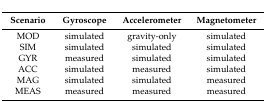
<table><thead><tr><td><b>Scenario</b></td><td><b>Gyroscope</b></td><td><b>Accelerometer</b></td><td><b>Magnetometer</b></td></tr></thead><tbody><tr><td>MOD</td><td>simulated</td><td>gravity-only</td><td>simulated</td></tr><tr><td>SIM</td><td>simulated</td><td>simulated</td><td>simulated</td></tr><tr><td>GYR</td><td>measured</td><td>simulated</td><td>simulated</td></tr><tr><td>ACC</td><td>simulated</td><td>measured</td><td>simulated</td></tr><tr><td>MAG</td><td>simulated</td><td>simulated</td><td>measured</td></tr><tr><td>MEAS</td><td>measured</td><td>measured</td><td>measured</td></tr></tbody></table>